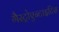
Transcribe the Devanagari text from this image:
गैस्ट्रोएन्टाइटिस